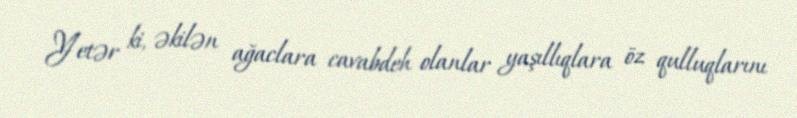
Yetər ki, əkilən ağaclara cavabdeh olanlar yaşıllıqlara öz qulluqlarını